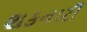
શકનારી